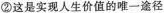
②这是实现人生价值的唯一途径